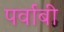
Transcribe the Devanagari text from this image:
पर्वाबी